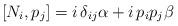
LaTeX: \begin{align*}[N_i, p_j] = i\, \delta_{ij} \alpha + i\, p_i p_j \beta\end{align*}